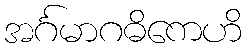
အင်္ဂမာဂဓိကေဟိ